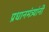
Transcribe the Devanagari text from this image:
प्रधानमंत्र्यांनी